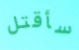
سأقتل